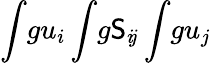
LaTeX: \int\! gu_{i}\int\! g\mathsf{S}_{i\! j}\int\! gu_{j}